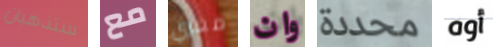
ستذهبان مع مغري وان محددة أوه